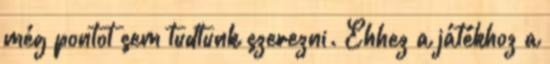
még pontot sem tudtunk szerezni. Ehhez a játékhoz a